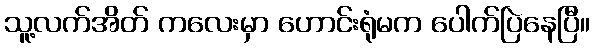
သူ့လက်အိတ် ကလေးမှာ ဟောင်းရုံမက ပေါက်ပြဲနေပြီ။